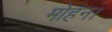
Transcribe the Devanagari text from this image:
मोहन।